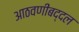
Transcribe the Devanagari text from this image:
आठवणींबद्दल